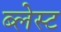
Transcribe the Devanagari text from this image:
ब्लेस्ट